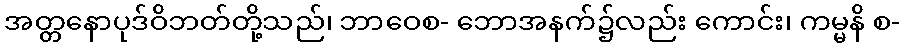
အတ္တနောပုဒ်ဝိဘတ်တို့သည်၊ ဘာဝေစ- ဘောအနက်၌လည်း ကောင်း၊ ကမ္မနိ စ-